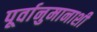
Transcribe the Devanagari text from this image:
पूर्वानुमानाशी